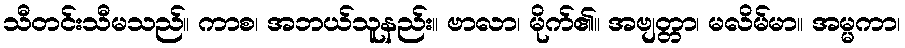
သီတင်းသီမသည်။ ကာစ၊ အဘယ်သူနည်း။ ဗာလာ၊ မိုက်၏။ အဗျတ္တာ၊ မလိမ်မာ။ အမ္မကာ၊